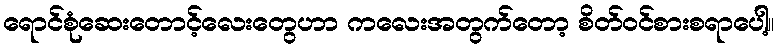
ရောင်စုံဆေးတောင့်လေးတွေဟာ ကလေးအတွက်တော့ စိတ်ဝင်စားစရာပေါ့။